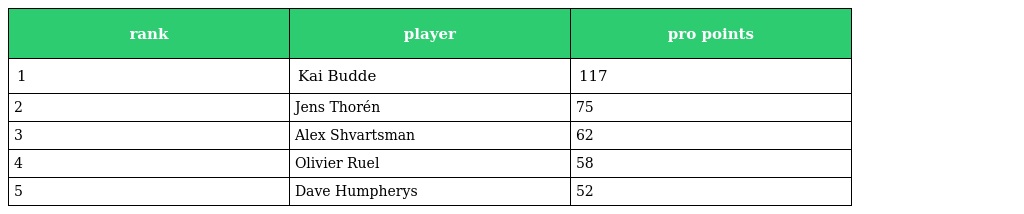
| rank | player | pro points |
 | --- | --- | --- |
 | 1 | Kai Budde | 117 |
 | 2 | Jens Thorén | 75 |
 | 3 | Alex Shvartsman | 62 |
 | 4 | Olivier Ruel | 58 |
 | 5 | Dave Humpherys | 52 |